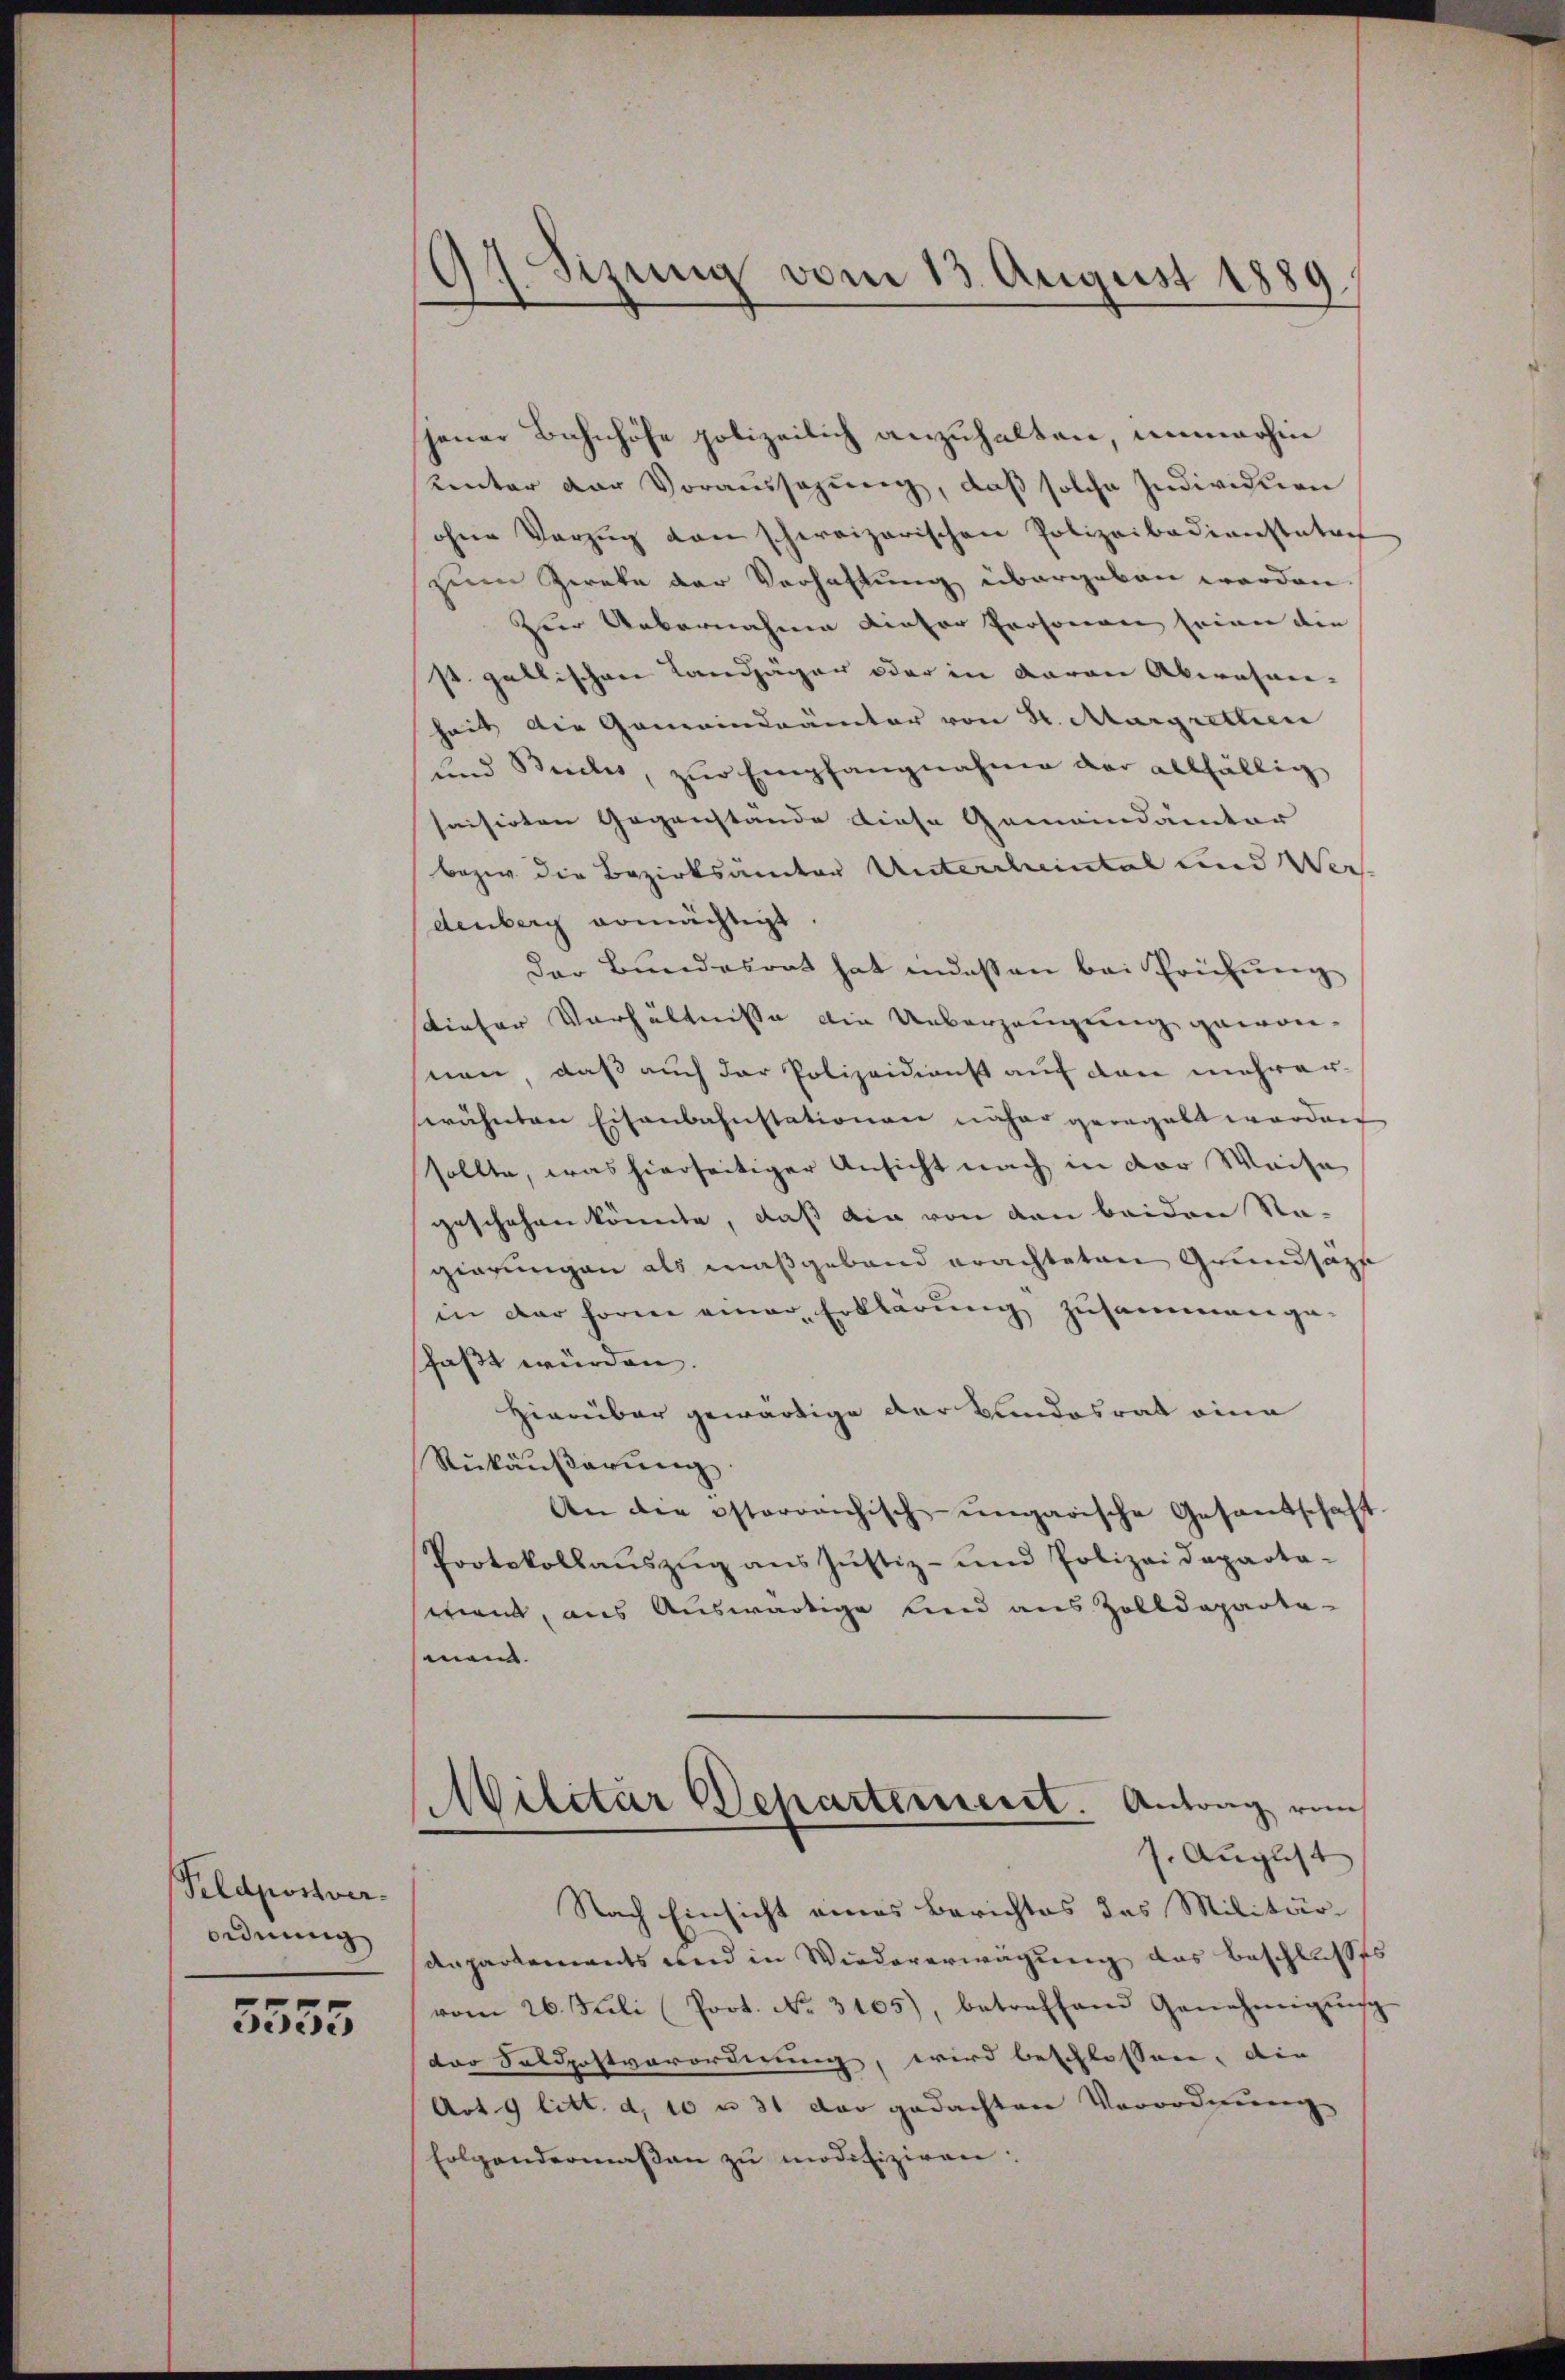
Pildpostver-
Ordnung

5553

17. Sizung vom 13. August 1889.

jener Bahnhöfe polizeilich anzuhalten, immerhin
unter der Voraussagung, daß solche Individuen
ohne Vorzug von schweizerischen Polizeibedienstatuer
zum Zweke der Verhaltung übergeben werden.
Zur Uebernahmen dieser Personen seien die
st. gallischen Landjäger oder in daran Akerasan-
heit die Gemeindrämter von St. Margritlien
und Buches, zŭr Empfangnahme der allfällig
saisirten Gegenstände diese Gemeindamter
bezw. die Bezirksamter Unterrheintal und Wer-
denberg ermächtigt.
der Bundesrat hat indessen bei Prüfung
dieser Verhältnisse die Ueberzeugung gewon-
nen, daß auch der Polizeidienst auf den mehrer-
wähnten Eisenbahnstationen näher geregelt worden
sollte, was hierseitiger Ansicht nach in der Weise
geschehen könnte, daß die von den beider Regierungen als maßgeband erachteten Grundsasse
in der Forne einer Erklärung zusammen ge-
faßt würden.
Hierüber gewärtige der Bundesrat eine
Rükäußerung
An die österreichisch-ungarische Gesandschaft
Protokollaŭszŭg ans Justiz- und Polizeideparta-
wenn, aus Auswärtige lind aus Zolldepartemen.
Militär Departement. Antrag von
s. August
Nach Einsicht eines Berichtes das Militär-
Anpartements und in Wiedererwägung das Beschlusses
vom 26. Juli (Poot. No. 3105), betreffend Genehmigŭng
der Saldpostvorordnung, wird beschlossen. Die
Art. 9 litt. d, 10 u 31 der gedachten Verordnung
folgendermassen zŭ modifiziren: